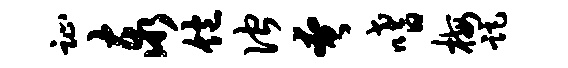
趾泰饱伫奄嗜梅距